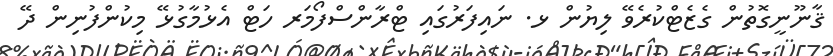
ޤާނޫނީގޮތުން ގެޒެޓްކުރެވޭ ލިޔުން ޅ. ނައިފަރުގައި ޓްރާންސްފޯމަރ ހަޓް އެޅުމާގުޅޭ މިކުންފުނިން ދޭ